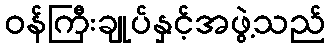
ဝန်ကြီးချုပ်နှင့်အဖွဲ့သည်